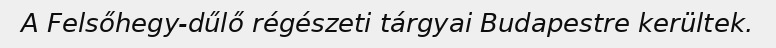
A Felsőhegy-dűlő régészeti tárgyai Budapestre kerültek.